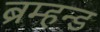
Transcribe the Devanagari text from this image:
ब्रम्हन्ड